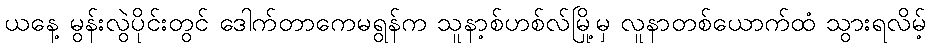
ယနေ့ မွန်းလွဲပိုင်းတွင် ဒေါက်တာကေမရွန်က သူနာ့စ်ဟစ်လ်မြို့မှ လူနာတစ်ယောက်ထံ သွားရလိမ့်